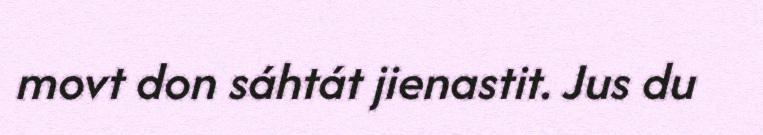
movt don sáhtát jienastit. Jus du